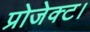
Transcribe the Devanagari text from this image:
प्रोजेक्ट।